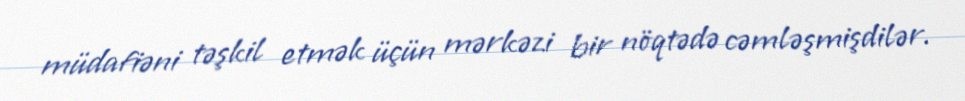
müdafiəni təşkil etmək üçün mərkəzi bir nöqtədə cəmləşmişdilər.